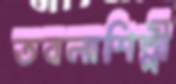
তবলাশিল্পী